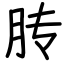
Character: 䏝